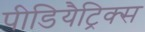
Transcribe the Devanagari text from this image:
पीडियैट्रिक्स